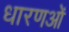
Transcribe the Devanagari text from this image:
धारणओं